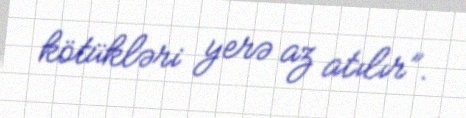
kötükləri yerə az atılır”.